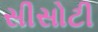
સીસોટી